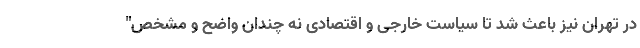
در تهران نیز باعث شد تا سیاست خارجی و اقتصادی نه چندان واضح و مشخص"